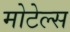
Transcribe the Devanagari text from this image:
मोटेल्स